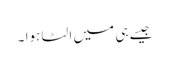
جیسے ہی میں الٹا ہوا ۔